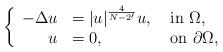
LaTeX: \begin{align*}\left\{\begin{array}{rlll}-\Delta u&=|u|^{4\over N-2'}u, &\hbox{ in }\Omega,\\u&=0, &\hbox{ on }\partial\Omega,\end{array}\right.\end{align*}